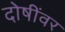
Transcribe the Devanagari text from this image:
दोषींवर